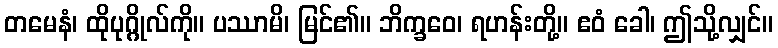
တမေနံ၊ ထိုပုဂ္ဂိုလ်ကို။ ပဿာမိ၊ မြင်၏။ ဘိက္ခဝေ၊ ရဟန်းတို့။ ဧဝံ ခေါ၊ ဤသို့လျှင်။